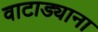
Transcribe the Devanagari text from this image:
वाटाड्याना